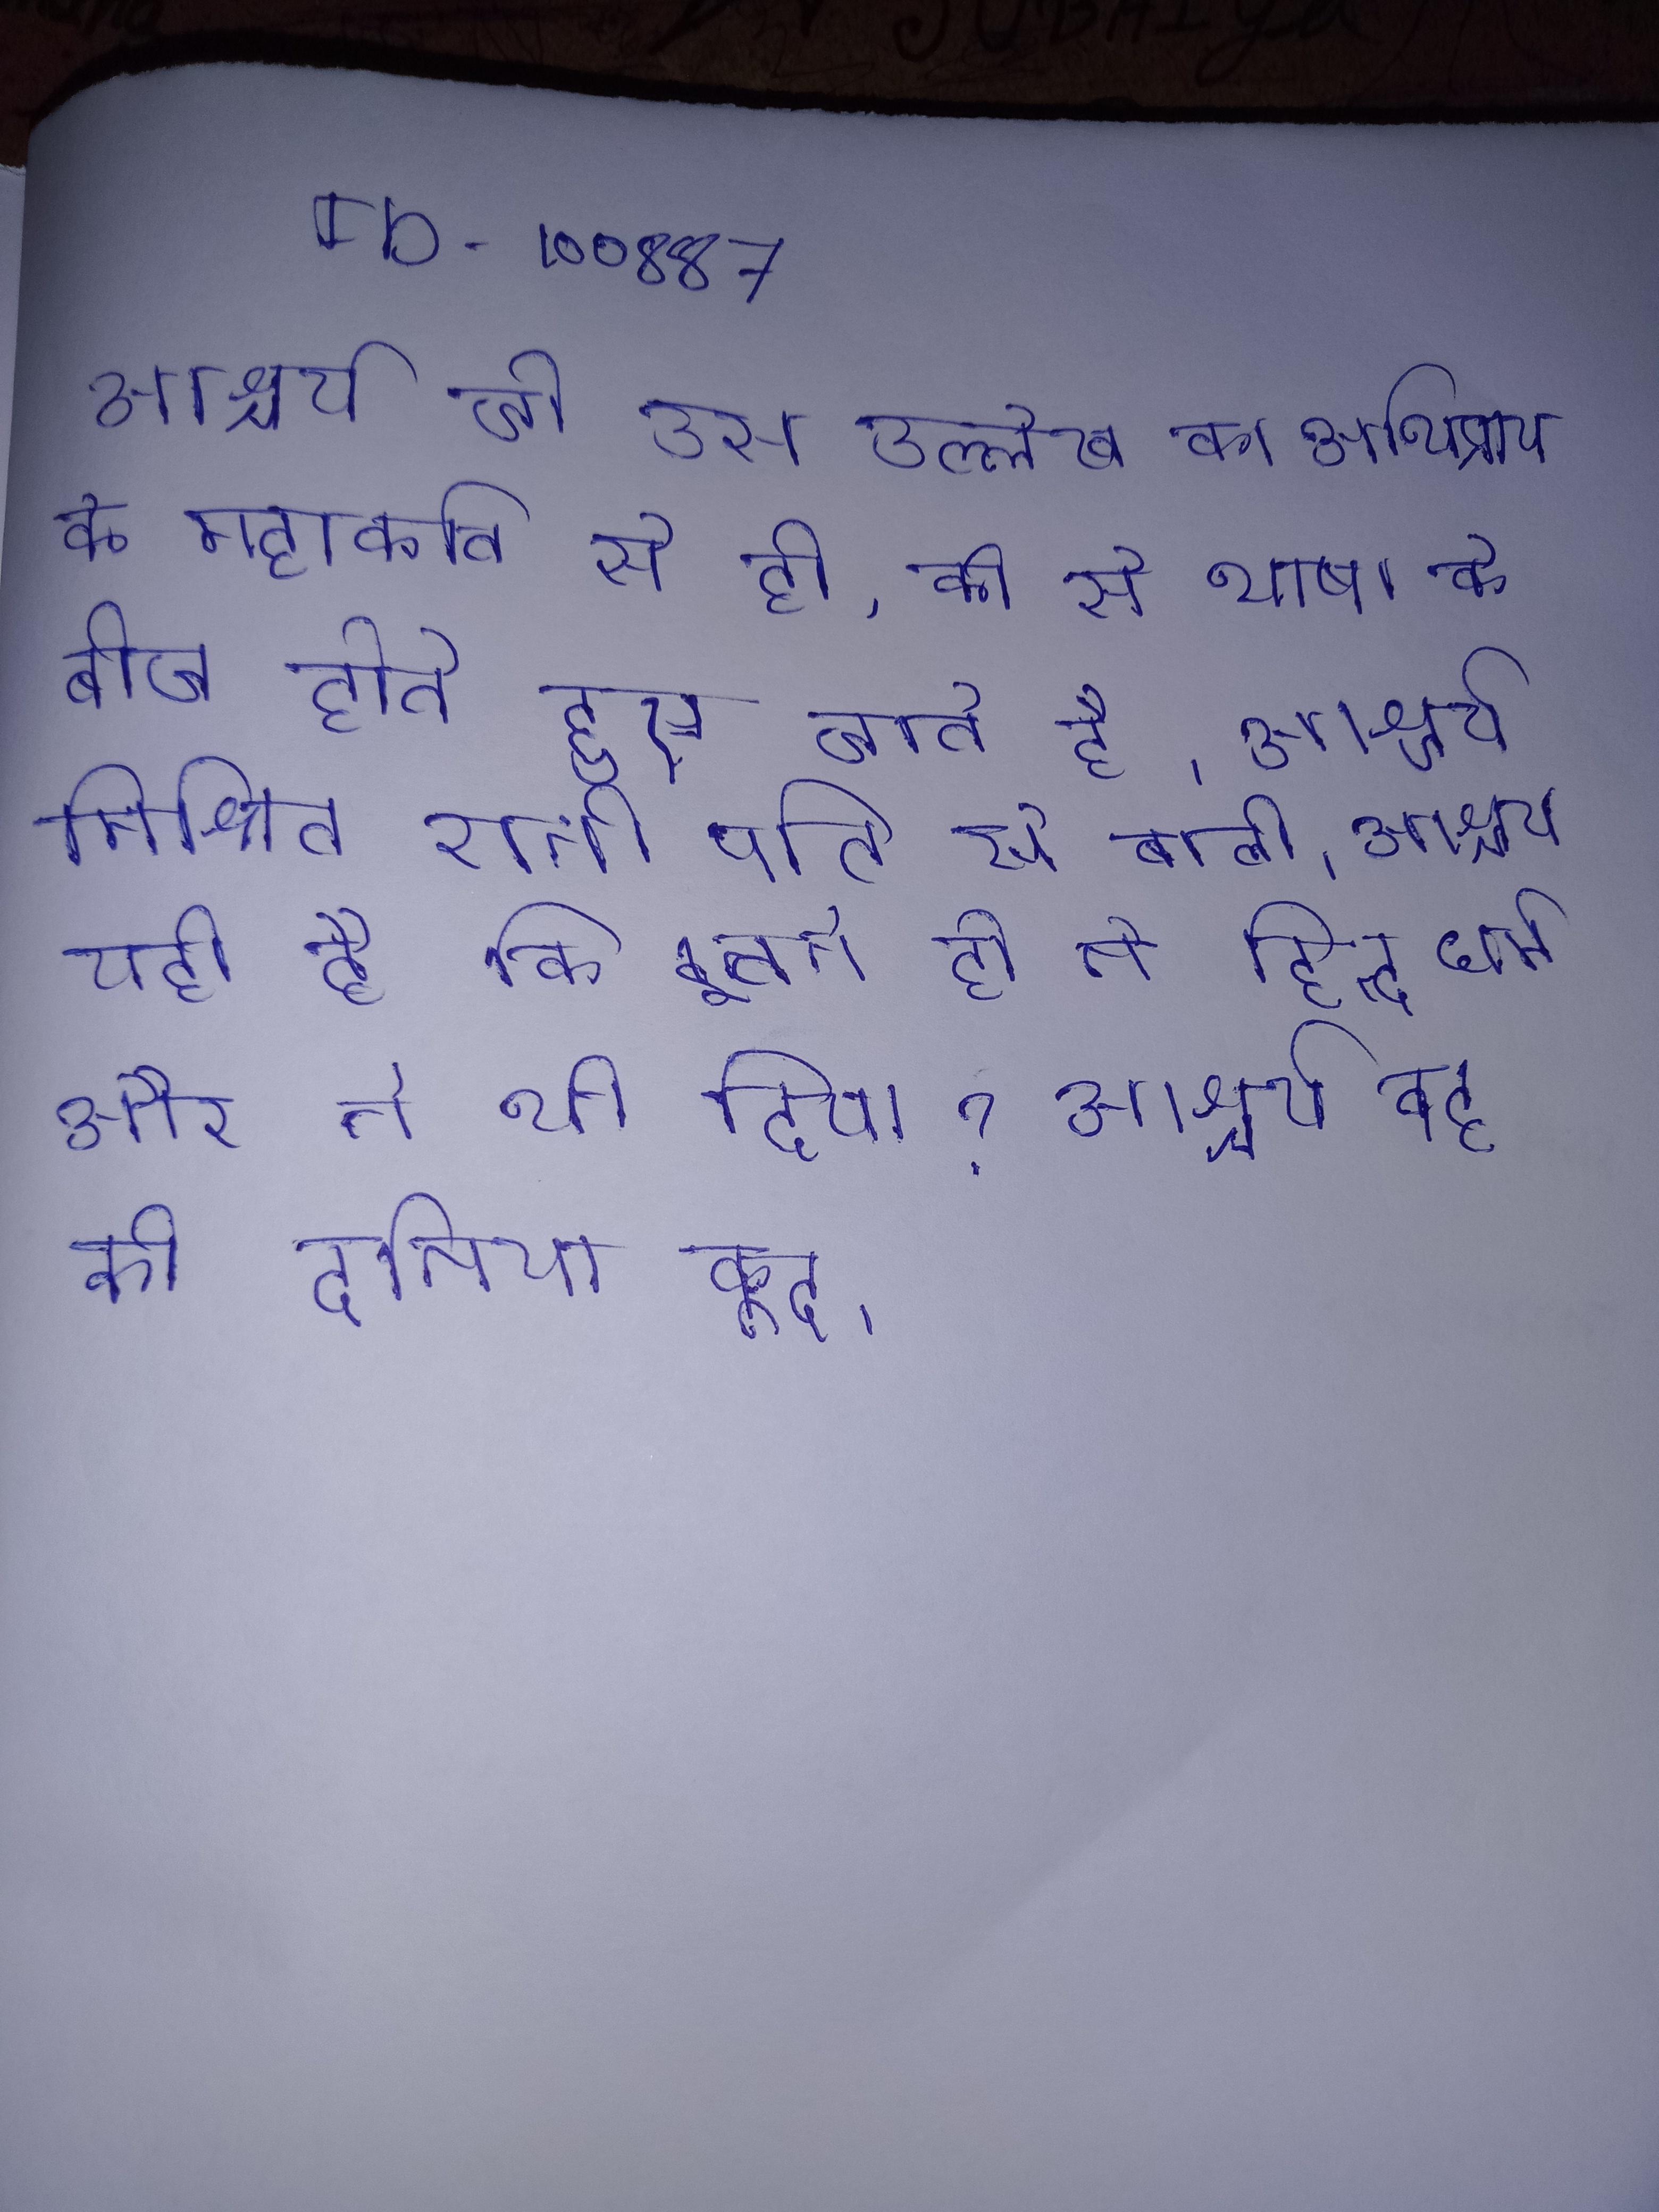
आश्चर्य जो उस उल्लेख का अभिप्राय के महाकवि से हो, की से भाषा के बीज होते हुए पाए जाते है । आश्चर्य मिश्रित रानी पति से बोली । आश्चर्य यही है कि इतने ही ने हिन्दू धर्म और ने भी दिया? आश्चर्य वह की दुनिया कूद ।